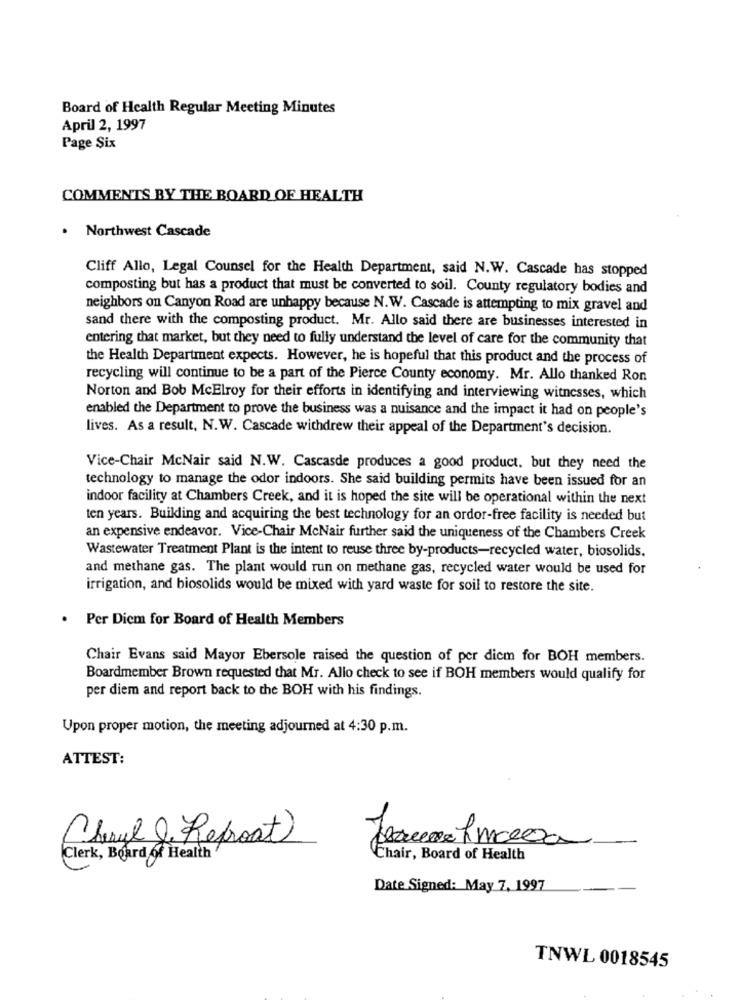
Board of Health Regular Meeting Minutes
April 2, 1997
Page Six
COMMENTS BY THE BOARD OF HEALTH
.
Northwest Cascade
Cliff Allo, Legal Counsel for the Health Department, said N.W. Cascade has stopped
composting but has a product that must be converted to soil. County regulatory bodies and
neighbors on Canyon Road are unhappy because N.W. Cascade is attempting to mix gravel and
sand there with the composting product. Mr. Allo said there are businesses interested in
entering that market, but they need to fully understand the level of care for the community that
the Health Department expects. However, he is hopeful that this product and the process of
recycling will continue to be a part of the Pierce County economy. Mr. Allo thanked Ron
Norton and Bob McElroy for their efforts in identifying and interviewing witnesses, which
enabled the Department to prove the business was a nuisance and the impact it had on people's
lives. As a result, N.W. Cascade withdrew their appeal of the Department's decision.
Vice-Chair McNair said N.W. Cascasde produces a good product, but they need the
technology to manage the odor indoors. She said building permits have been issued for an
indoor facility at Chambers Creek, and it is hoped the site will be operational within the next
ten years. Builling and acquiring the best technology for an ordor-free facility is needed but
an expensive endeavor. Vice-Chair McNair further said the uniqueness of the Chambers Creek
Wastewater Treatment Plant is the intent to reuse three by-products-recycled water, biosolids.
and methane gas. The plant would run on methane gas, recycled water would be used for
irrigation, and biosolids would be mixed with yard waste for soil to restore the site.
Per Diem for Board of Health Members
Chair Evans said Mayor Ebersole raised the question of per diem for BOH members.
Boardmember Brown requested that Mr. Allo check to see if BOH members would qualify for
per diem and report back to the BOH with his findings.
Upon proper motion, the meeting adjourned at 4:30 p.m.
ATTEST:
Cheryl & Refrost
Clerk, Board of Health
Chair, Board of Health
Date Signed: May 7, 1997
TNWL 0018545